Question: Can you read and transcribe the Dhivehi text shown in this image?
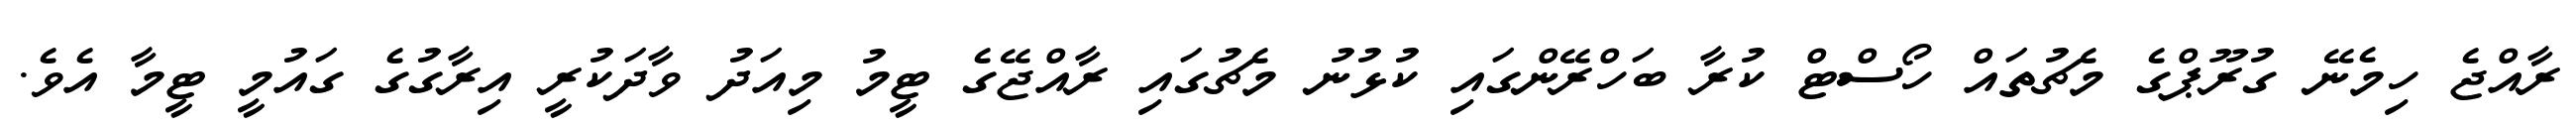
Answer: ރާއްޖެ ހިމެނޭ ގުރޫޕްގެ މެޗުތައް ހޯސްޓް ކުރާ ބަހްރޭންގައި ކުޅުނު މެޗުގައި ރާއްޖޭގެ ޓީމު މިއަދު ވާދަކުރީ އިރާގުގެ ގައުމީ ޓީމާ އެވެ.